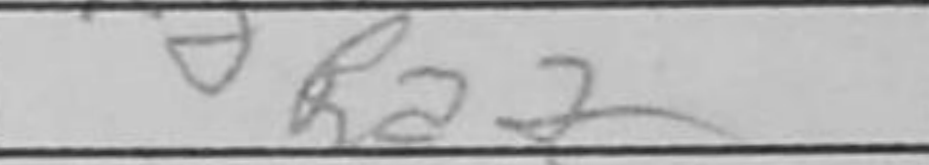
Transcription: Ra2